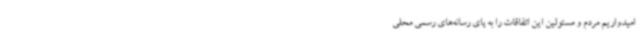
امیدواریم مردم و مسئولین این اتفاقات را به پای رسانه‌های رسمی محلی